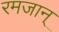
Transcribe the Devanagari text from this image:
रमजान्